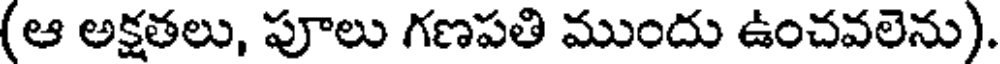
(ఆ అక్షతలు, పూలు గణపతి ముందు ఉంచవలెను).